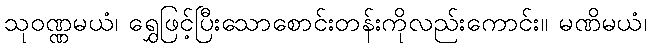
သုဝဏ္ဏမယံ၊ ရွှေဖြင့်ပြီးသောစောင်းတန်းကိုလည်းကောင်း။ မဏိမယံ၊